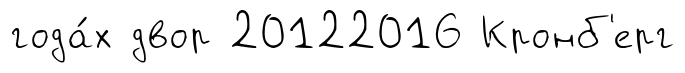
года́х двор 20122016 Кронб'ерг